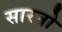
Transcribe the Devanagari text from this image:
सारनो